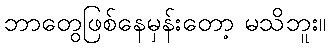
ဘာတွေဖြစ်နေမှန်းတော့ မသိဘူး။